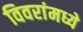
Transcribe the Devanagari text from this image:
विवरांमध्ये